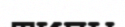
типы